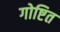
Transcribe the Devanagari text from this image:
गोष्टित